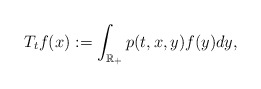
\begin{align*}T_t f (x):= \int_{\mathbb{R}_{+}} p(t,x,y) f(y)dy,\end{align*}